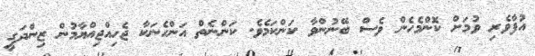
އުފާވެރި ވުމަށް ކޮންމެހެން ވެސް ބޭނުންވާ ކަންކަމެވެ. ކަންނެތް އަންހެނަކާ ޖެހިއްޖިއްޔާމުން ޒިންދަގީ